Civil Veterinary Department. Central Provinces & Berar 1932-41 - 1932-1941
Year: 1932
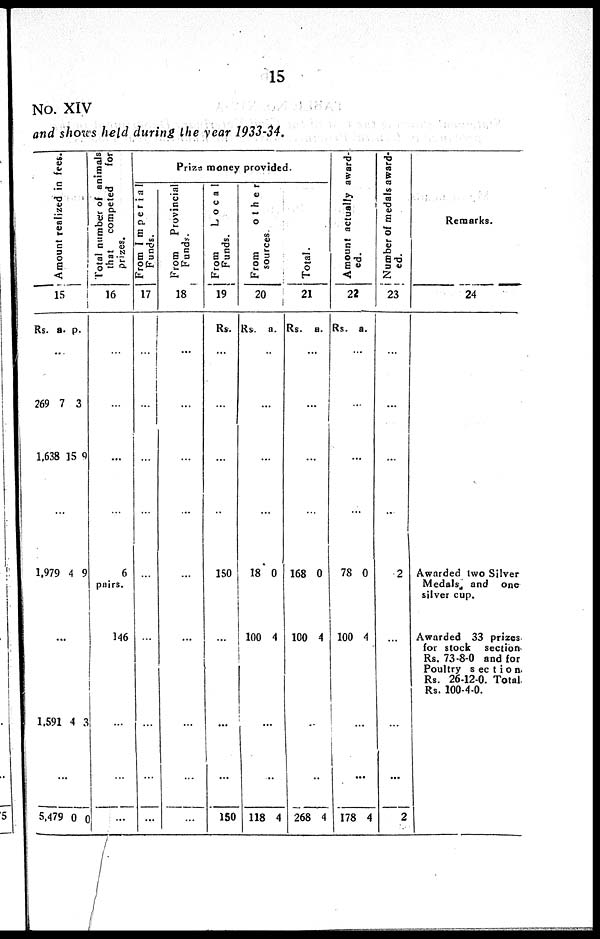
15
No. XIV
and shows held during the year 1933-34.
Amo u n t r eal i zed in fees.
15
Rs. a. p.
...
269
1,638
7
15
3
9
...
1,979 4 9
...
1,591 4 3
...
5,479 0 0
Total number of animals
that
competed
for
prizes.
16
...
...
...
...
6
pairs.
146
...
...
...
Prize money provided.
From Imperial
Funds.
17
...
...
...
...
...
...
...
...
...
From
Provincial
Funds.
18
...
...
...
...
...
...
...
...
...
From
Local
Funds.
19
Rs.
...
...
...
...
150
...
...
...
150
From other
s our ces .
20
Rs. a.
...
...
...
...
18
100
0
4
...
...
118 4
Total.
21
Rs. a.
...
...
...
...
168
100
0
4
...
...
268 4
Amo u n t actually award-
ed.
22
Rs. a.
...
...
...
...
78
100
0
4
...
...
178 4
Number of medals award-
ed.
23
...
...
...
...
2
...
...
...
2
Remarks.
24
Awarded two Silver
Medals and one
silver cup.
Awarded 33 prizes
for stock
section
Rs. 73-8-0 and for
Poultry section
Rs. 26-12-0. Total
Rs. 100-4-0.